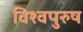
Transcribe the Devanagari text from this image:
विश्वपुरुष